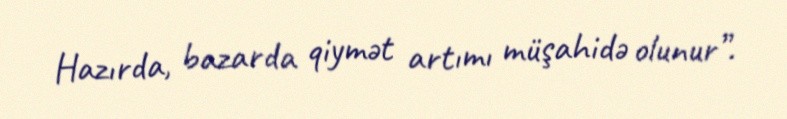
Hazırda, bazarda qiymət artımı müşahidə olunur”.